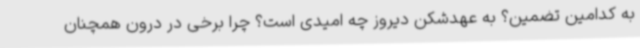
به کدامین تضمین؟ به عهدشکن دیروز چه امیدی است؟ چرا برخی در درون همچنان